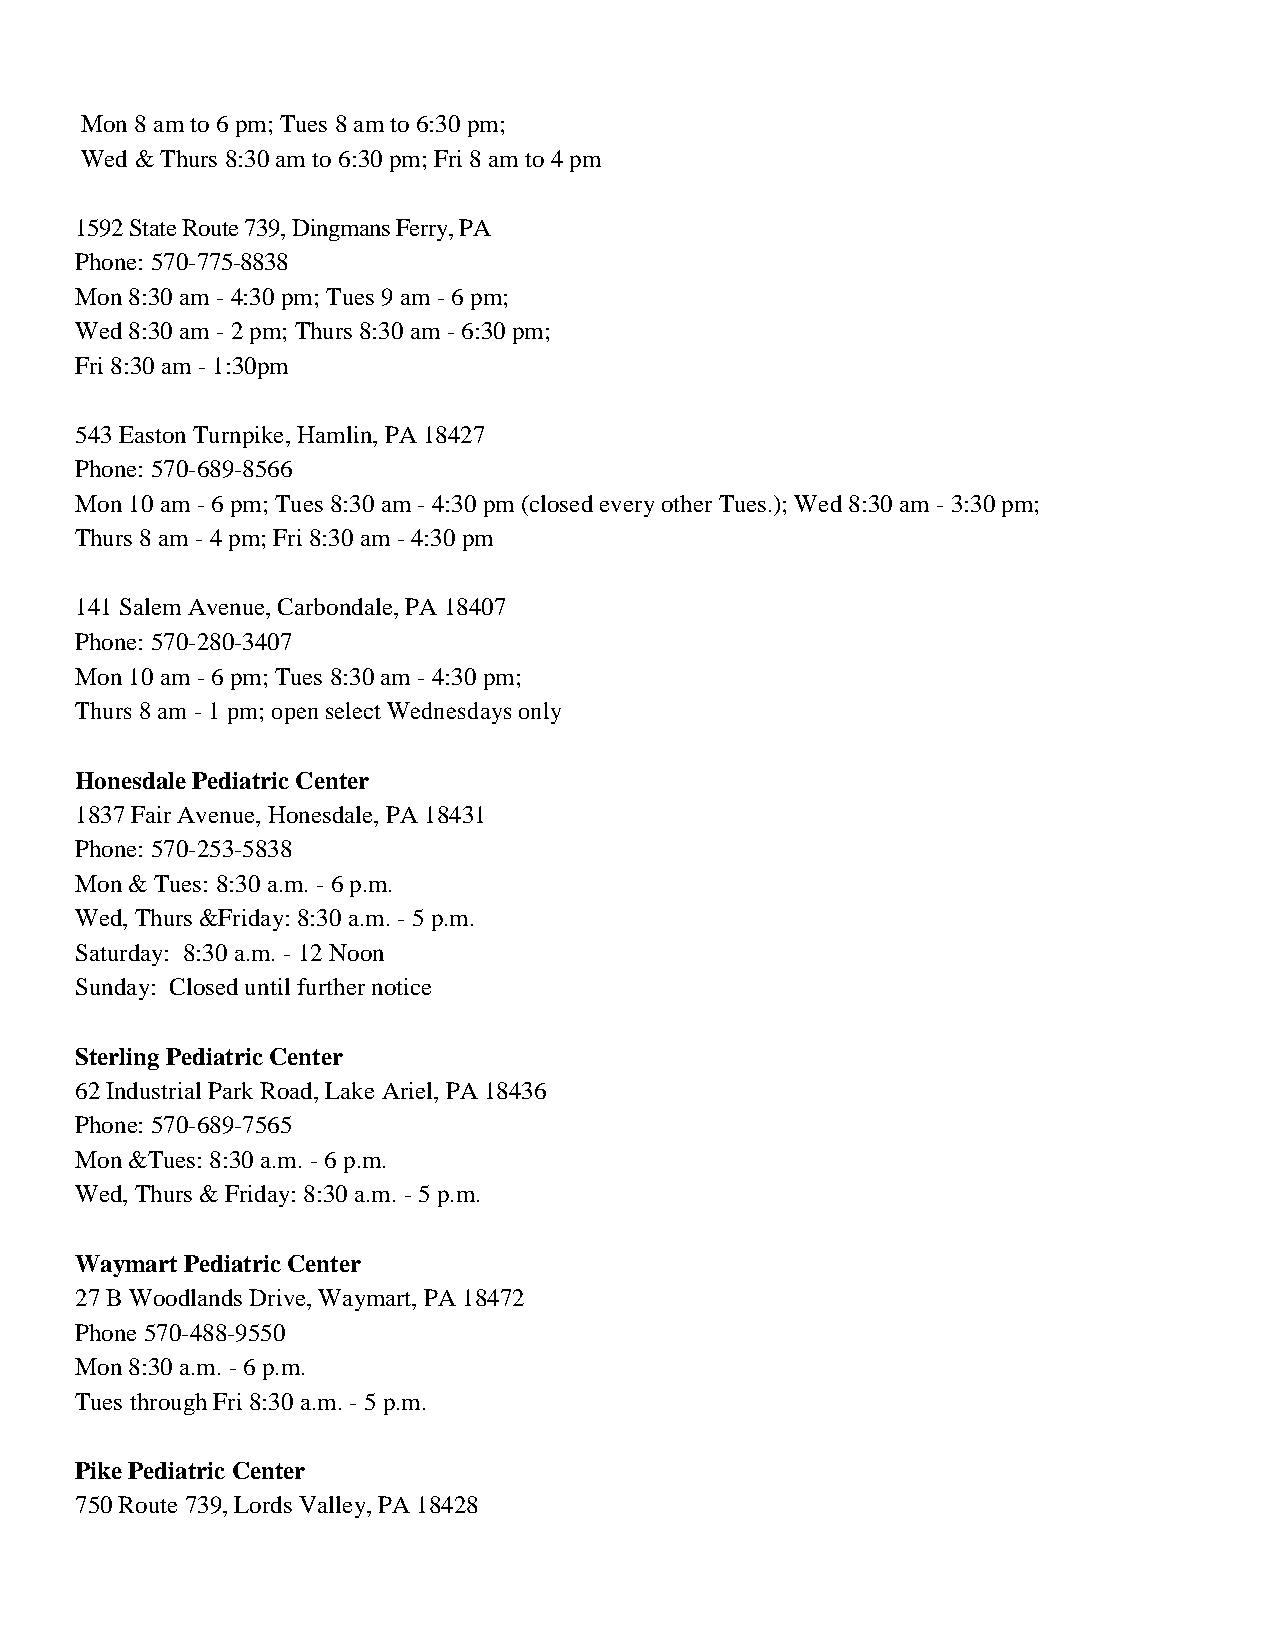
Mon 8 am to 6 pm; Tues 8 am to 6:30 pm;
 Wed & Thurs 8:30 am to 6:30 pm; Fri 8 am to 4 pm
 1592 State Route 739, Dingmans Ferry, PA
 Phone: 570-775-8838
 Mon 8:30 am - 4:30 pm; Tues 9 am - 6 pm;
 Wed 8:30 am - 2 pm; Thurs 8:30 am - 6:30 pm;
 Fri 8:30 am - 1:30pm
 543 Easton Turnpike, Hamlin, PA 18427
 Phone: 570-689-8566
 Mon 10 am - 6 pm; Tues 8:30 am - 4:30 pm (closed every other Tues.); Wed 8:30 am - 3:30 pm;
 Thurs 8 am - 4 pm; Fri 8:30 am - 4:30 pm
 141 Salem Avenue, Carbondale, PA 18407
 Phone: 570-280-3407
 Mon 10 am - 6 pm; Tues 8:30 am - 4:30 pm;
 Thurs 8 am - 1 pm; open select Wednesdays only
 Honesdale Pediatric Center
 1837 Fair Avenue, Honesdale, PA 18431
 Phone: 570-253-5838
 Mon & Tues: 8:30 a.m. - 6 p.m.
 Wed, Thurs &Friday: 8:30 a.m. - 5 p.m.
 Saturday: 8:30 a.m. - 12 Noon
 Sunday: Closed until further notice
 Sterling Pediatric Center
 62 Industrial Park Road, Lake Ariel, PA 18436
 Phone: 570-689-7565
 Mon &Tues: 8:30 a.m. - 6 p.m.
 Wed, Thurs & Friday: 8:30 a.m. - 5 p.m.
 Waymart Pediatric Center
 27 B Woodlands Drive, Waymart, PA 18472
 Phone 570-488-9550
 Mon 8:30 a.m. - 6 p.m.
 Tues through Fri 8:30 a.m. - 5 p.m.
 Pike Pediatric Center
 750 Route 739, Lords Valley, PA 18428